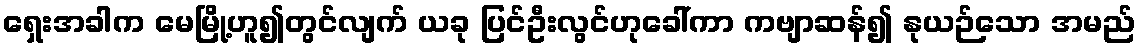
ရှေးအခါက မေမြို့ဟူ၍တွင်လျက် ယခု ပြင်ဦးလွင်ဟုခေါ်ကာ ကဗျာဆန်၍ နုယဉ်သော အမည်